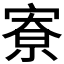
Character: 𪧛